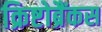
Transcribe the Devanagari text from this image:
क्रिष्टोब्रैंकस